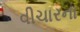
વીચારના